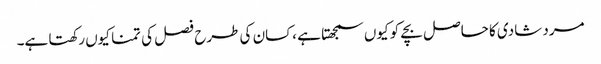
مرد شادی کا حاصل بچے کو کیوں سمجھتا ہے ،کسان کی طرح فصل کی تمنا کیوں رکھتا ہے۔